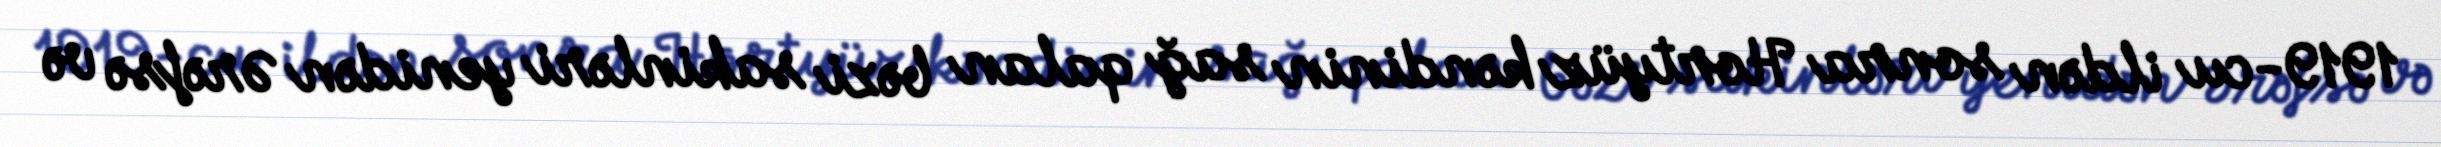
1919-cu ildən sonra Hortyüz kəndinin sağ qalan bəzi sakinləri yenidən Ərəfsə və